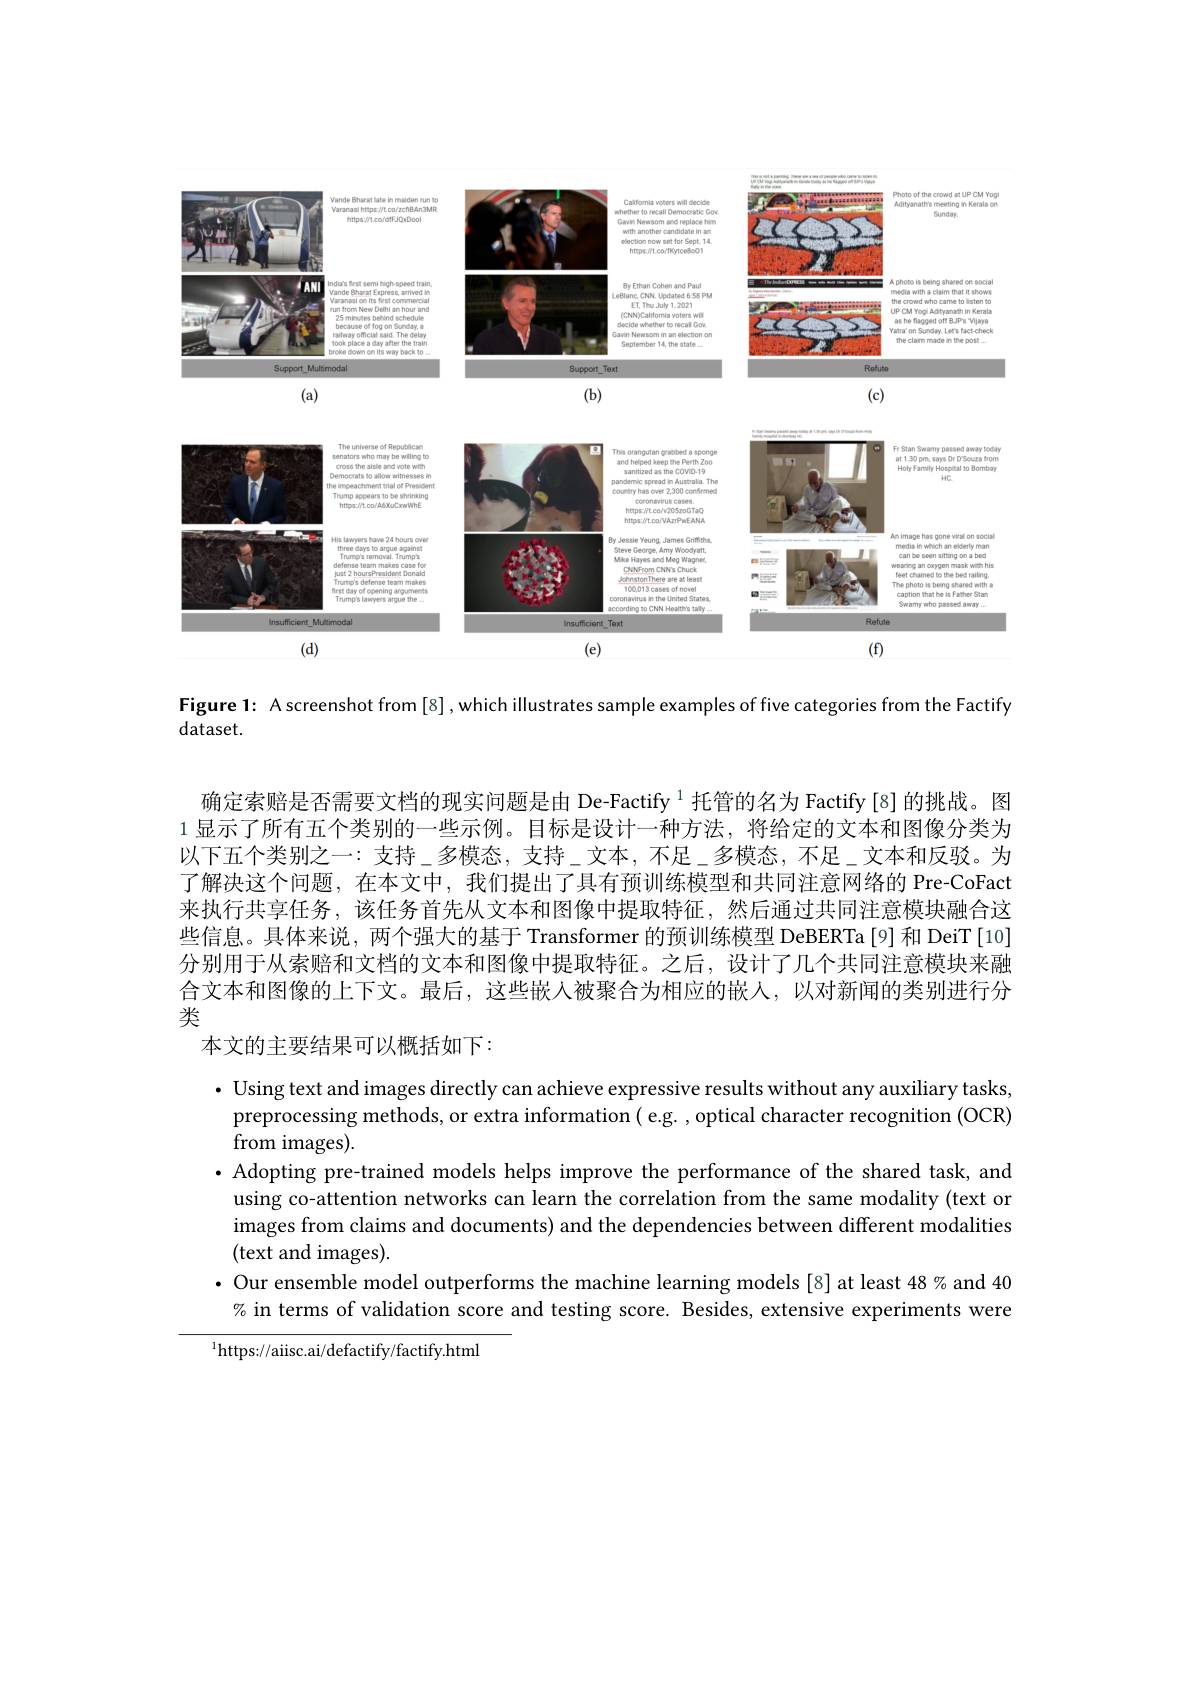
<FigureHere>

Figure1: A screenshot from [8], which illustrates sample examples of five categories from the Factify

dataset.

确定索赔是否需要文档的现实问题是由 De-Factify $^{1}$托管的名为 Factify[8] 的挑战。图1 显示了所有五个类别的一些示例。目标是设计一种方法，将给定的文本和图像分类为以下五个类别之一：支持\_多模态，支持\_文本，不足\_多模态，不足\_文本和反驳。为了解决这个问题，在本文中，我们提出了具有预训练模型和共同注意网络的 Pre-CoFact 来执行共享任务，该任务首先从文本和图像中提取特征，然后通过共同注意模块融合这些信息。具体来说，两个强大的基于 Transformer 的预训练模型 DeBERTa[9] 和 DeiT[10] 分别用于从索赔和文档的文本和图像中提取特征。之后，设计了几个共同注意模块来融合文本和图像的上下文。最后，这些嵌人被聚合为相应的嵌人，以对新闻的类别进行分类
本文的主要结果可以概括如下：

· Using text and images directly can achieve expressive results without any auxiliary tasks
preprocessing methods, or extra information ( e.g. , optical character recognition (OCR)
from images).
· Adopting pre-trained models helps improve the performance of the shared task, and
using co-attention networks can learn the correlation from the same modality (text or images from claims and documents) and the dependencies between different modalities (text and images).
· Our ensemble model outperforms the machine learning models [8] at least 48% and 40
% in terms of validation score and testing score. Besides, extensive experiments were

$^{1}$https://aiisc.ai/defactify/factify.html